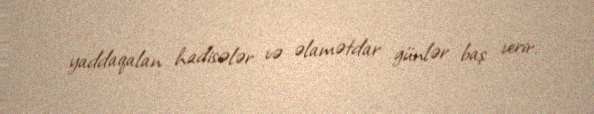
yaddaqalan hadisələr və əlamətdar günlər baş verir.